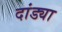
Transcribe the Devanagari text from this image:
दांड्या